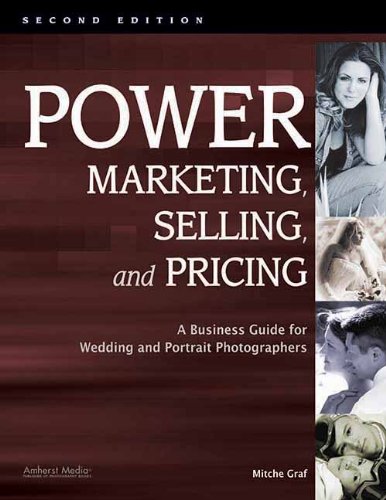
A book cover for Power Marketing, Selling, and Pricing: A Business Guide for Wedding and Portrait Photographers; Mitche Graf; Crafts, Hobbies & Home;